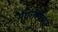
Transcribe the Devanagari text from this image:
मेघालयच्या